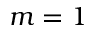
m = 1